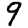
Digit: 9